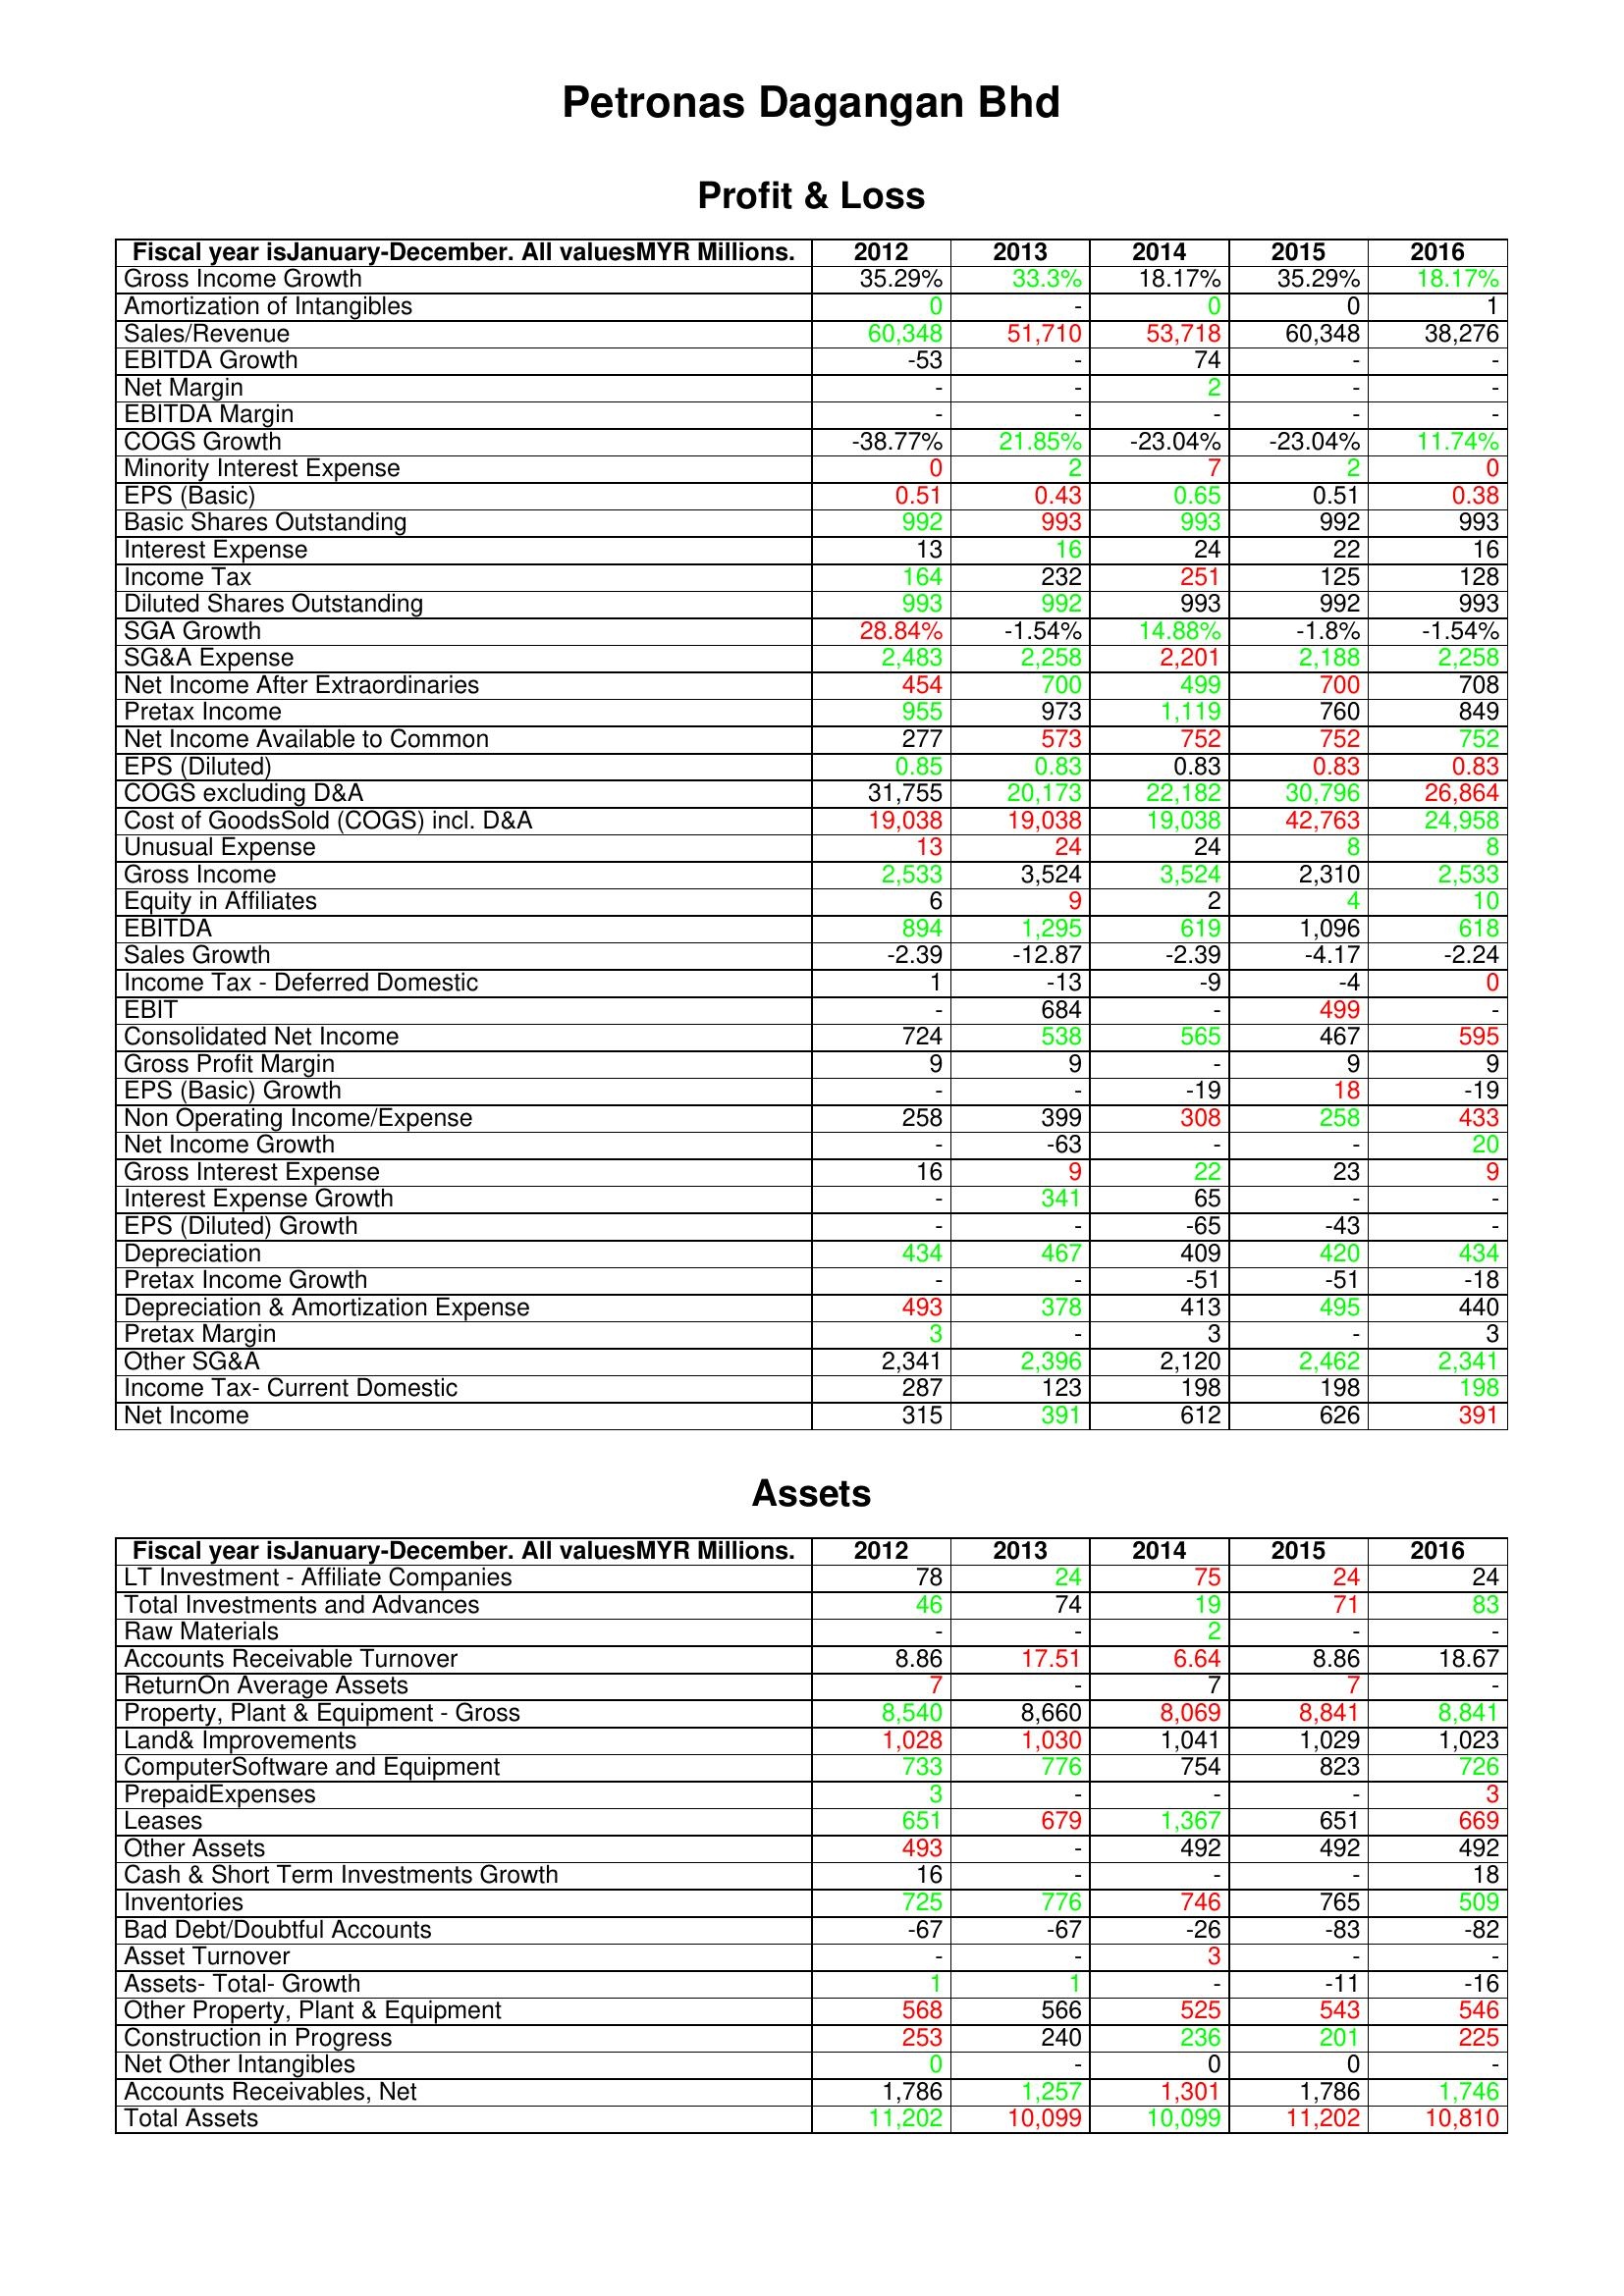
gt_parse: 2012: Profit & Loss: Gross Income Growth: 35.29%
Amortization of Intangibles: 0
Sales/Revenue: 60,348
EBITDA Growth: -53
Net Margin: -
EBITDA Margin: -
COGS Growth: -38.77%
Minority Interest Expense: 0
EPS (Basic): 0.51
Basic Shares Outstanding: 992
Interest Expense: 13
Income Tax: 164
Diluted Shares Outstanding: 993
SGA Growth: 28.84%
SG&A Expense: 2,483
Net Income After Extraordinaries: 454
Pretax Income: 955
Net Income Available to Common: 277
EPS (Diluted): 0.85
COGS excluding D&A: 31,755
Cost of GoodsSold (COGS) incl. D&A: 19,038
Unusual Expense: 13
Gross Income: 2,533
Equity in Affiliates: 6
EBITDA: 894
Sales Growth: -2.39
Income Tax - Deferred Domestic: 1
EBIT: -
Consolidated Net Income: 724
Gross Profit Margin: 9
EPS (Basic) Growth: -
Non Operating Income/Expense: 258
Net Income Growth: -
Gross Interest Expense: 16
Interest Expense Growth: -
EPS (Diluted) Growth: -
Depreciation: 434
Pretax Income Growth: -
Depreciation & Amortization Expense: 493
Pretax Margin: 3
Other SG&A: 2,341
Income Tax- Current Domestic: 287
Net Income: 315
Assets: LT Investment - Affiliate Companies: 78
Total Investments and Advances: 46
Raw Materials: -
Accounts Receivable Turnover: 8.86
ReturnOn Average Assets: 7
Property, Plant & Equipment - Gross : 8,540
Land& Improvements: 1,028
ComputerSoftware and Equipment: 733
PrepaidExpenses: 3
Leases: 651
Other Assets: 493
Cash & Short Term Investments Growth: 16
Inventories: 725
Bad Debt/Doubtful Accounts: -67
Asset Turnover: -
Assets- Total- Growth: 1
Other Property, Plant & Equipment: 568
Construction in Progress: 253
Net Other Intangibles: 0
Accounts Receivables, Net: 1,786
Total Assets: 11,202
2013: Profit & Loss: Gross Income Growth: 33.3%
Amortization of Intangibles: -
Sales/Revenue: 51,710
EBITDA Growth: -
Net Margin: -
EBITDA Margin: -
COGS Growth: 21.85%
Minority Interest Expense: 2
EPS (Basic): 0.43
Basic Shares Outstanding: 993
Interest Expense: 16
Income Tax: 232
Diluted Shares Outstanding: 992
SGA Growth: -1.54%
SG&A Expense: 2,258
Net Income After Extraordinaries: 700
Pretax Income: 973
Net Income Available to Common: 573
EPS (Diluted): 0.83
COGS excluding D&A: 20,173
Cost of GoodsSold (COGS) incl. D&A: 19,038
Unusual Expense: 24
Gross Income: 3,524
Equity in Affiliates: 9
EBITDA: 1,295
Sales Growth: -12.87
Income Tax - Deferred Domestic: -13
EBIT: 684
Consolidated Net Income: 538
Gross Profit Margin: 9
EPS (Basic) Growth: -
Non Operating Income/Expense: 399
Net Income Growth: -63
Gross Interest Expense: 9
Interest Expense Growth: 341
EPS (Diluted) Growth: -
Depreciation: 467
Pretax Income Growth: -
Depreciation & Amortization Expense: 378
Pretax Margin: -
Other SG&A: 2,396
Income Tax- Current Domestic: 123
Net Income: 391
Assets: LT Investment - Affiliate Companies: 24
Total Investments and Advances: 74
Raw Materials: -
Accounts Receivable Turnover: 17.51
ReturnOn Average Assets: -
Property, Plant & Equipment - Gross : 8,660
Land& Improvements: 1,030
ComputerSoftware and Equipment: 776
PrepaidExpenses: -
Leases: 679
Other Assets: -
Cash & Short Term Investments Growth: -
Inventories: 776
Bad Debt/Doubtful Accounts: -67
Asset Turnover: -
Assets- Total- Growth: 1
Other Property, Plant & Equipment: 566
Construction in Progress: 240
Net Other Intangibles: -
Accounts Receivables, Net: 1,257
Total Assets: 10,099
2014: Profit & Loss: Gross Income Growth: 18.17%
Amortization of Intangibles: 0
Sales/Revenue: 53,718
EBITDA Growth: 74
Net Margin: 2
EBITDA Margin: -
COGS Growth: -23.04%
Minority Interest Expense: 7
EPS (Basic): 0.65
Basic Shares Outstanding: 993
Interest Expense: 24
Income Tax: 251
Diluted Shares Outstanding: 993
SGA Growth: 14.88%
SG&A Expense: 2,201
Net Income After Extraordinaries: 499
Pretax Income: 1,119
Net Income Available to Common: 752
EPS (Diluted): 0.83
COGS excluding D&A: 22,182
Cost of GoodsSold (COGS) incl. D&A: 19,038
Unusual Expense: 24
Gross Income: 3,524
Equity in Affiliates: 2
EBITDA: 619
Sales Growth: -2.39
Income Tax - Deferred Domestic: -9
EBIT: -
Consolidated Net Income: 565
Gross Profit Margin: -
EPS (Basic) Growth: -19
Non Operating Income/Expense: 308
Net Income Growth: -
Gross Interest Expense: 22
Interest Expense Growth: 65
EPS (Diluted) Growth: -65
Depreciation: 409
Pretax Income Growth: -51
Depreciation & Amortization Expense: 413
Pretax Margin: 3
Other SG&A: 2,120
Income Tax- Current Domestic: 198
Net Income: 612
Assets: LT Investment - Affiliate Companies: 75
Total Investments and Advances: 19
Raw Materials: 2
Accounts Receivable Turnover: 6.64
ReturnOn Average Assets: 7
Property, Plant & Equipment - Gross : 8,069
Land& Improvements: 1,041
ComputerSoftware and Equipment: 754
PrepaidExpenses: -
Leases: 1,367
Other Assets: 492
Cash & Short Term Investments Growth: -
Inventories: 746
Bad Debt/Doubtful Accounts: -26
Asset Turnover: 3
Assets- Total- Growth: -
Other Property, Plant & Equipment: 525
Construction in Progress: 236
Net Other Intangibles: 0
Accounts Receivables, Net: 1,301
Total Assets: 10,099
2015: Profit & Loss: Gross Income Growth: 35.29%
Amortization of Intangibles: 0
Sales/Revenue: 60,348
EBITDA Growth: -
Net Margin: -
EBITDA Margin: -
COGS Growth: -23.04%
Minority Interest Expense: 2
EPS (Basic): 0.51
Basic Shares Outstanding: 992
Interest Expense: 22
Income Tax: 125
Diluted Shares Outstanding: 992
SGA Growth: -1.8%
SG&A Expense: 2,188
Net Income After Extraordinaries: 700
Pretax Income: 760
Net Income Available to Common: 752
EPS (Diluted): 0.83
COGS excluding D&A: 30,796
Cost of GoodsSold (COGS) incl. D&A: 42,763
Unusual Expense: 8
Gross Income: 2,310
Equity in Affiliates: 4
EBITDA: 1,096
Sales Growth: -4.17
Income Tax - Deferred Domestic: -4
EBIT: 499
Consolidated Net Income: 467
Gross Profit Margin: 9
EPS (Basic) Growth: 18
Non Operating Income/Expense: 258
Net Income Growth: -
Gross Interest Expense: 23
Interest Expense Growth: -
EPS (Diluted) Growth: -43
Depreciation: 420
Pretax Income Growth: -51
Depreciation & Amortization Expense: 495
Pretax Margin: -
Other SG&A: 2,462
Income Tax- Current Domestic: 198
Net Income: 626
Assets: LT Investment - Affiliate Companies: 24
Total Investments and Advances: 71
Raw Materials: -
Accounts Receivable Turnover: 8.86
ReturnOn Average Assets: 7
Property, Plant & Equipment - Gross : 8,841
Land& Improvements: 1,029
ComputerSoftware and Equipment: 823
PrepaidExpenses: -
Leases: 651
Other Assets: 492
Cash & Short Term Investments Growth: -
Inventories: 765
Bad Debt/Doubtful Accounts: -83
Asset Turnover: -
Assets- Total- Growth: -11
Other Property, Plant & Equipment: 543
Construction in Progress: 201
Net Other Intangibles: 0
Accounts Receivables, Net: 1,786
Total Assets: 11,202
2016: Profit & Loss: Gross Income Growth: 18.17%
Amortization of Intangibles: 1
Sales/Revenue: 38,276
EBITDA Growth: -
Net Margin: -
EBITDA Margin: -
COGS Growth: 11.74%
Minority Interest Expense: 0
EPS (Basic): 0.38
Basic Shares Outstanding: 993
Interest Expense: 16
Income Tax: 128
Diluted Shares Outstanding: 993
SGA Growth: -1.54%
SG&A Expense: 2,258
Net Income After Extraordinaries: 708
Pretax Income: 849
Net Income Available to Common: 752
EPS (Diluted): 0.83
COGS excluding D&A: 26,864
Cost of GoodsSold (COGS) incl. D&A: 24,958
Unusual Expense: 8
Gross Income: 2,533
Equity in Affiliates: 10
EBITDA: 618
Sales Growth: -2.24
Income Tax - Deferred Domestic: 0
EBIT: -
Consolidated Net Income: 595
Gross Profit Margin: 9
EPS (Basic) Growth: -19
Non Operating Income/Expense: 433
Net Income Growth: 20
Gross Interest Expense: 9
Interest Expense Growth: -
EPS (Diluted) Growth: -
Depreciation: 434
Pretax Income Growth: -18
Depreciation & Amortization Expense: 440
Pretax Margin: 3
Other SG&A: 2,341
Income Tax- Current Domestic: 198
Net Income: 391
Assets: LT Investment - Affiliate Companies: 24
Total Investments and Advances: 83
Raw Materials: -
Accounts Receivable Turnover: 18.67
ReturnOn Average Assets: -
Property, Plant & Equipment - Gross : 8,841
Land& Improvements: 1,023
ComputerSoftware and Equipment: 726
PrepaidExpenses: 3
Leases: 669
Other Assets: 492
Cash & Short Term Investments Growth: 18
Inventories: 509
Bad Debt/Doubtful Accounts: -82
Asset Turnover: -
Assets- Total- Growth: -16
Other Property, Plant & Equipment: 546
Construction in Progress: 225
Net Other Intangibles: -
Accounts Receivables, Net: 1,746
Total Assets: 10,810